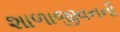
શાળાજીવનની